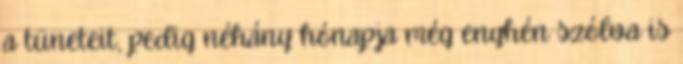
a tüneteit, pedig néhány hónapja még enyhén szólva is